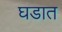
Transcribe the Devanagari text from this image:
घडात